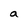
Character: a